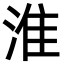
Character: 淮